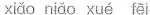
xiǎo niǎo xué fēi